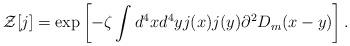
LaTeX: \begin{align*}{\cal Z}[j]=\exp\left[-\zeta\int d^4xd^4yj(x)j(y)\partial^2D_m(x-y)\right].\end{align*}